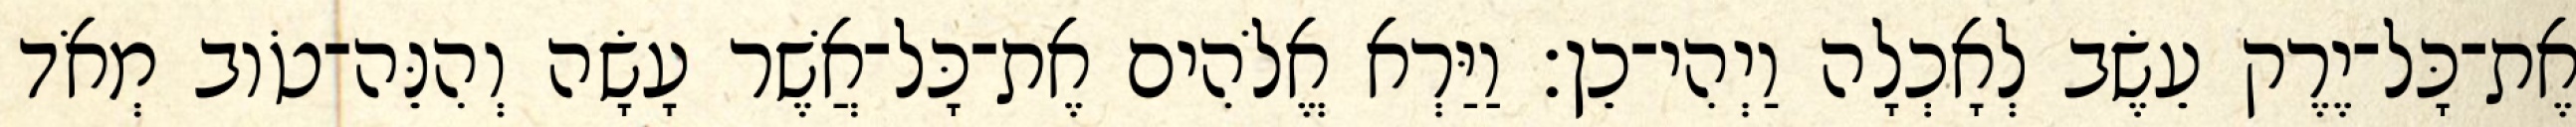
אֶת־כָּל־יֶרֶק עֵשֶׂב לְאָכְלָה וַיְהִי־כֵן׃ וַיַּרְא אֱלֹהִים אֶת־כָּל־אֲשֶׁר עָשָׂה וְהִנֵּה־טֹוב מְאֹד